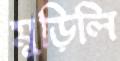
মুড়িলি